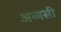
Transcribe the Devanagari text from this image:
अब्बसी